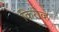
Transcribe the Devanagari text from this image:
किरोव्ह